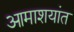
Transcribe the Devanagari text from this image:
आमाशयांत